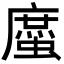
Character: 䗪